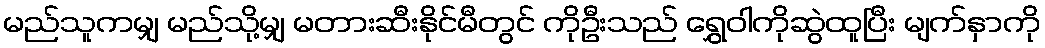
မည်သူကမျှ မည်သို့မျှ မတားဆီးနိုင်မီတွင် ကိုဦးသည် ရွှေဝါကိုဆွဲထူပြီး မျက်နှာကို